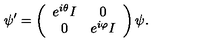
\psi ^ { \prime } = \left( \begin{array} { c c } { e ^ { i \theta } I } & { 0 } \\ { 0 } & { e ^ { i \varphi } I } \\ \end{array} \right) \psi .